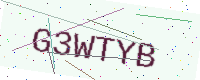
Text: G3WTYB